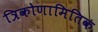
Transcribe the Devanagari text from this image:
त्रिकोणामितिक